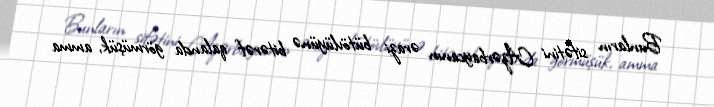
Bunların sifətini Azərbaycanın ərazi bütövlüyünə bitərəf qalanda görmüşük, amma